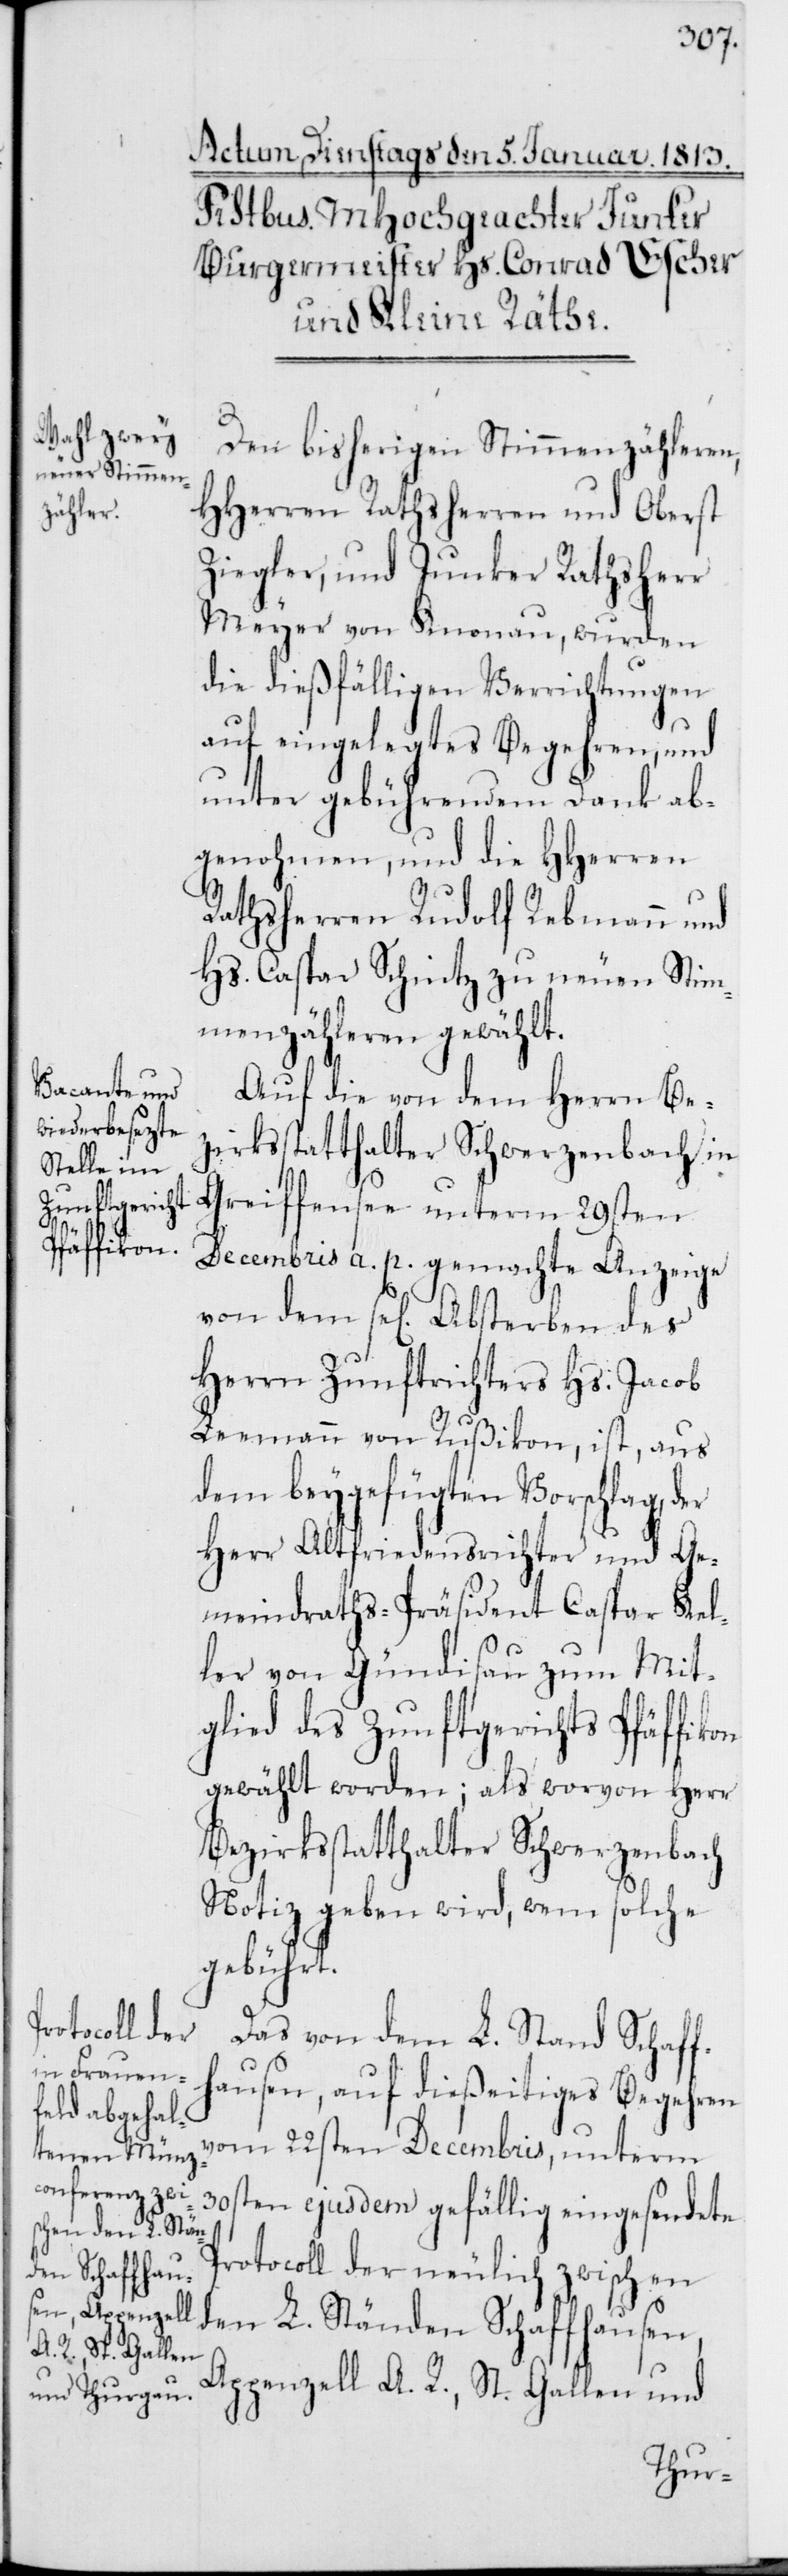
Den bisherigen Stimmenzähleren,
HHerren Rathsherren und Oberst
Ziegler; und Junker Rathsherr
Meyer von Knonau, wurden
die dießfälligen Verrichtungen
auf eingelegtes Begehren, und
unter gebührendem Dank ab¬
genohmen, und die HHerren
Rathsherren Rudolf Rebmann und
Hs. Caspar Schintz zu neuen Stim¬
menzähleren gewählt.
Auf die von dem Herrn Be¬
zirksstatthalter Schwerzenbach in
Greifensee unterm 29sten
Decembris a. p. gemachte Anzeige,
von dem sel[igen] Absterben des
Herrn Zunftrichters Hs. Jacob
Leemann von Rußikon, ist, aus
dem beygefügten Vorschlag, der
Herr Altfriedensrichter und Ge¬
meindraths-Präsident Caspar Kel¬
ler von Gündisau zum Mit¬
glied des Zunftgerichts Pfäffikon
gewählt worden; als worvon Herr
Bezirksstatthalter Schwerzenbach
Notiz geben wird, wem solche
gebührt.
Das von dem L. Stand Schaff¬
hausen, auf dießeitiges Begehren
vom 22sten Decembris, unterm
30sten ejusdem gefällig eingesendete
Protocoll der neulich zwischen
den L. Ständen Schaffhausen,
Appenzell A. R., St. Gallen und